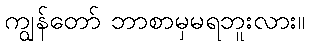
ကျွန်တော် ဘာစာမှမရဘူးလား။